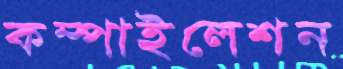
কম্পাইলেশন